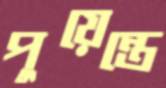
পুয়েন্তে